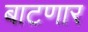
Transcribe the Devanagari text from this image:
बाटणार